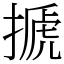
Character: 搋